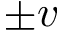
\pm v